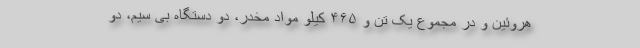
هروئین و در مجموع یک تن و ۴۶۵ کیلو مواد مخدر، دو دستگاه بی سیم، دو